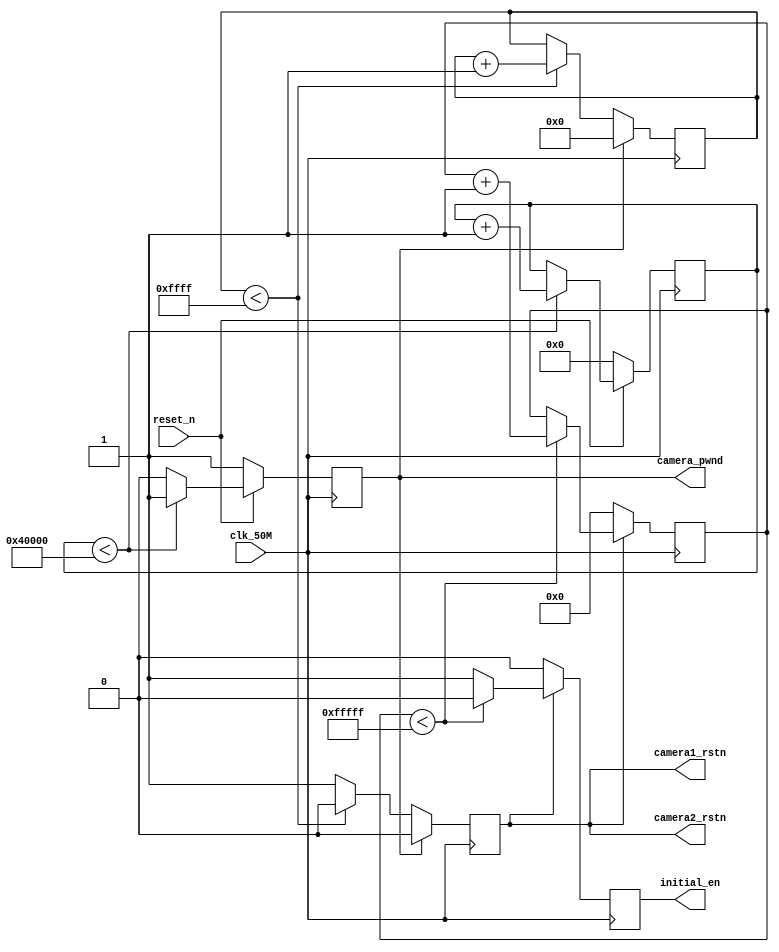
//////////////////////////////////////////////////////////////////////////////////
// Company:Meyesemi 
// 
// Design Name:  
// Module Name: 
// Project Name: 
// Target Devices: Pango
// Tool Versions: 
// Description: 
//      
// Dependencies: 
// 
// Revision:
// Revision 1.0 - File Created
// Additional Comments:
// 
//////////////////////////////////////////////////////////////////////////////////
//camera power on timing requirement
module power_on_delay(                  
    input  clk_50M        ,
    input  reset_n        ,
    output camera1_rstn   ,
    output camera2_rstn   ,
    output camera_pwnd    ,
    output reg initial_en
);
reg [18:0]cnt1;
reg [15:0]cnt2;
reg [19:0]cnt3;
// reg initial_en;
reg camera_rstn_reg;
reg camera_pwnd_reg;

assign camera1_rstn=camera_rstn_reg;
assign camera2_rstn=camera_rstn_reg;
assign camera_pwnd=camera_pwnd_reg;

//5ms, delay from sensor power up stable to Pwdn pull down
always@(posedge clk_50M)begin
  if(reset_n==1'b0) begin
	    cnt1<=0;
		camera_pwnd_reg<=1'b1;// 1'b1 
  end
  else if(cnt1<19'h40000) begin
       cnt1<=cnt1+1'b1;
       camera_pwnd_reg<=1'b1;
  end
  else
     camera_pwnd_reg<=1'b0;         
end

//1.3ms, delay from pwdn low to resetb pull up
always@(posedge clk_50M)begin
  if(camera_pwnd_reg==1)  begin
	 cnt2<=0;
     camera_rstn_reg<=1'b0;  
  end
  else if(cnt2<16'hffff) begin
       cnt2<=cnt2+1'b1;
       camera_rstn_reg<=1'b0;
  end
  else
     camera_rstn_reg<=1'b1;         
end

//21ms, delay from resetb pul high to SCCB initialization
always@(posedge clk_50M)begin
  if(camera_rstn_reg==0) begin
         cnt3<=0;
         initial_en<=1'b0;
  end
  else if(cnt3<20'hfffff) begin
        cnt3<=cnt3+1'b1;
        initial_en<=1'b0;
  end
  else
       initial_en<=1'b1;    
end

endmodule